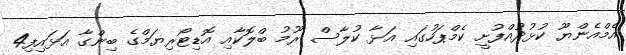
އެމްއެންޔޫ ކުޅުދުއްފުށީ ކެމްޕަހުގައި އަޅާ ކުލާސް ރޫމު ބްލޮކާއި އޮޑިޓޯރިޔަމްގެ ބިންގާ އަޅައިފި4